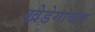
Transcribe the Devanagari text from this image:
खेडेगांवात